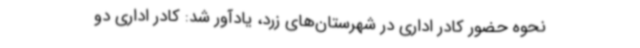
نحوه حضور کادر اداری در شهرستان‌های زرد، یادآور شد: کادر اداری دو